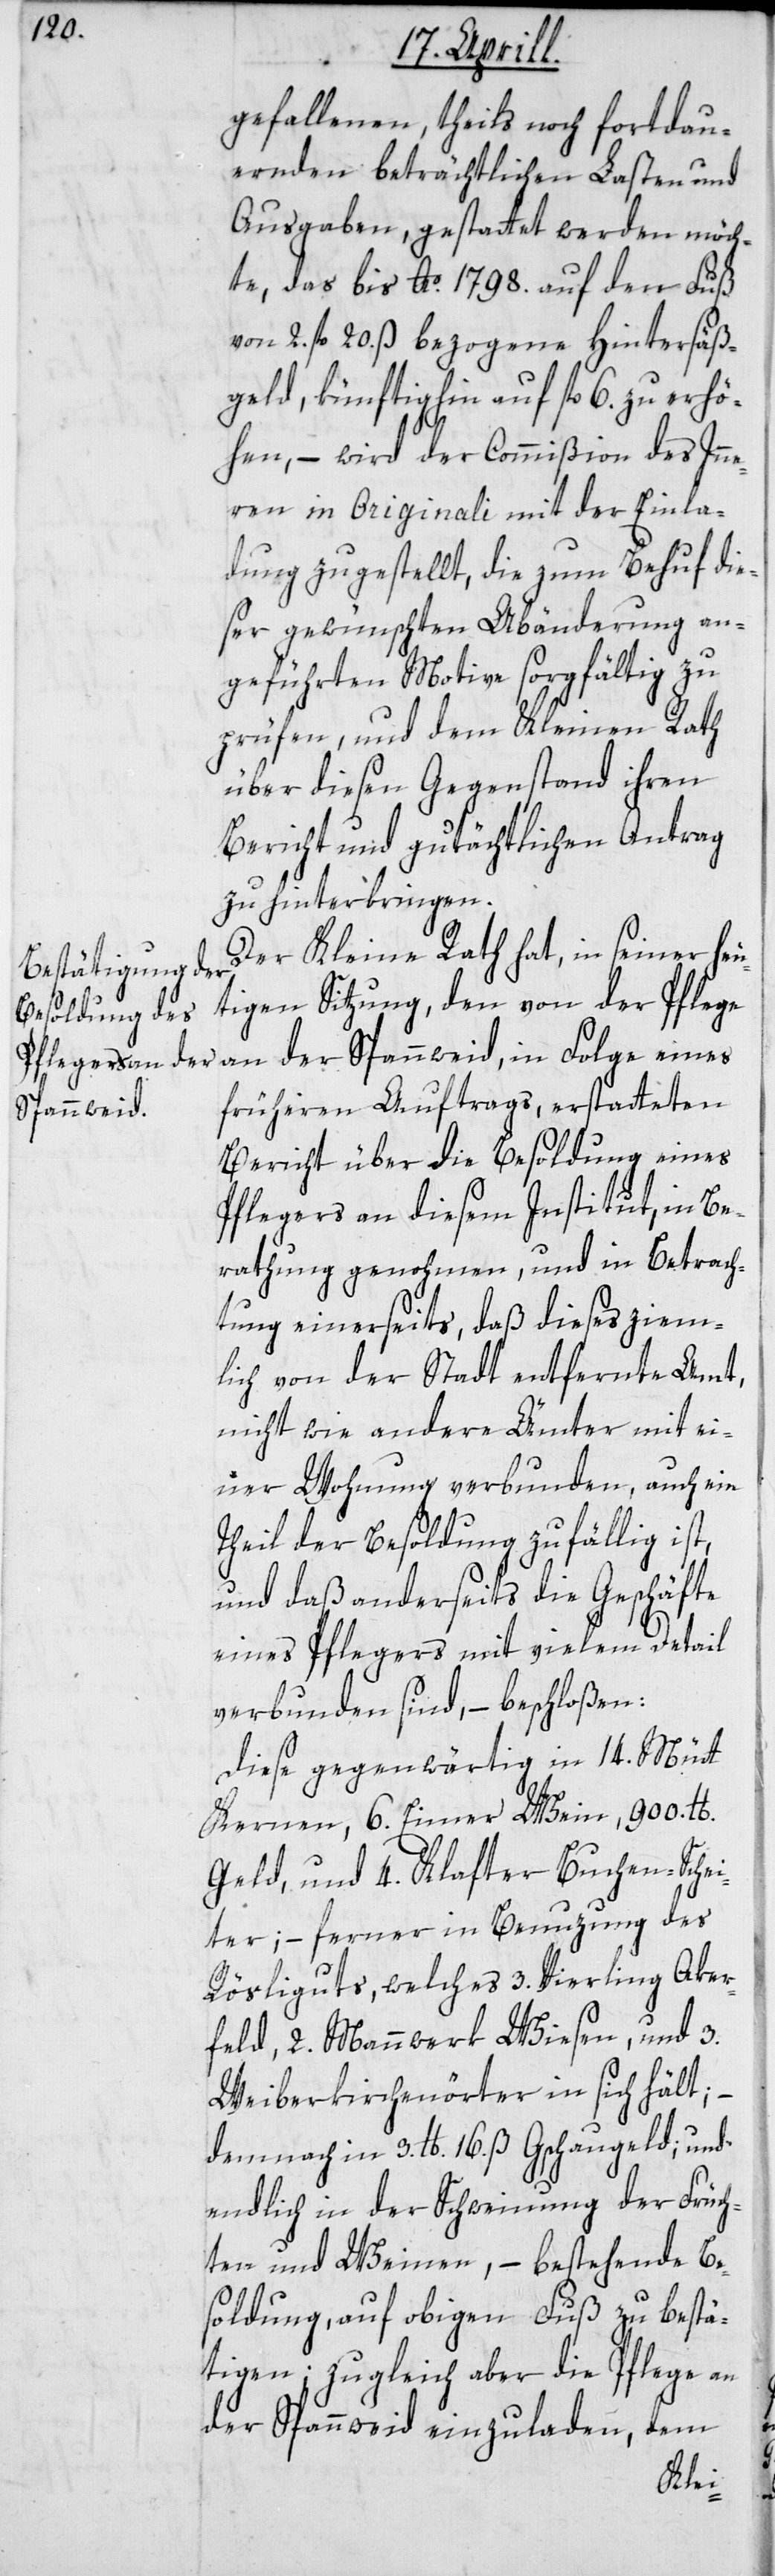
gefallenen, theils noch fortdau¬
ernden beträchtlichen Lasten und
Ausgaben, gestattet werden möch¬
te, das bis Ao. 1798. auf den Fuß
von 2. fl. 20. ß bezogene Hintersäß¬
geld, künftighin auf fl. 6. zu erhö¬
hen, – wird der Commißion des In¬
nern in Originali mit der Einla¬
dung zugestellt, die zum Behuf die¬
ser gewünschten Abänderung an¬
geführten Motive sorgfältig zu
prüfen, und dem Kleinen Rath
über diesen Gegenstand ihren
Bericht und gutächtlichen Antrag
zu hinterbringen.
Der Kleine Rath hat in seiner heu¬
tigen Sitzung, den von der Pflege
an der Spannweid, in Folge eines
früheren Auftrags, erstatteten
Bericht über die Besoldung eines
Pflegers an diesem Institut, in Be¬
rathung genohmen, und in Betrach¬
tung einerseits, daß dieses ziem¬
lich von der Stadt entfernte Amt,
nicht wie andere Ämter mit ei¬
ner Wohnung verbunden, auch ein
Theil der Besoldung zufällig ist,
und daß anderseits die Geschäfte
eines Pflegers mit vielen Detail
verbunden sind, – beschloßen:
Diese gegenwärtig in 14. Mütt
Kernen, 6. Eimer Wein, 900. lb.
Geld und 4. Klafter Buchen-Schei¬
ter; – ferner in Benuzung des
Rösliguts, welches 3 Vierling Aker¬
feld, 2 Mannwerk Wiesen, und 3.
Weiberkirchenörter in sich hält,
demnach in 3. lb. 16. ß Gschaugeld; und
endlich in der Schweinung der Früch¬
ten und Weinen, – bestehende Be¬
soldung auf obigen Fuß zu bestä¬
tigen; zugleich aber die Pflege an
der Spanweid einzuladen, dem